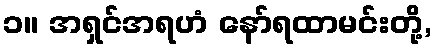
၁။ အရှင်အရဟံ နော်ရထာမင်းတို့,